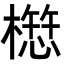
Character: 𭬁